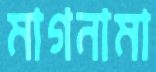
মাগনামা